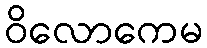
ဝိလောကေမ